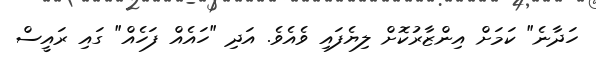
ހަދާނެ" ކަމަށް އިންޒާރުކޮށް ލިޔެފައި ވެއެެވެ. އަދި "ހައެއް ފަހެއް" ގައި ރައީސް